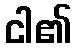
ငါ၏